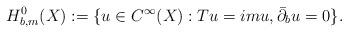
LaTeX: \begin{align*}H_{b,m}^{0}(X):=\{u\in C^{\infty}(X):Tu=imu, \bar\partial_{b}u=0 \}.\end{align*}